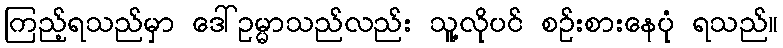
ကြည့်ရသည်မှာ ဒေါ်ဥမ္မာသည်လည်း သူ့လိုပင် စဉ်းစားနေပုံ ရသည်။